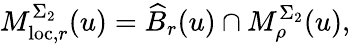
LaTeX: M_{\mathrm{loc},r}^{\Sigma_{2}}(u)=\widehat{B}_{r}(u)\cap M_{\rho}^{\Sigma_{2}}(u),